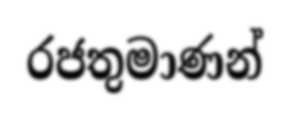
රජතුමාණන්